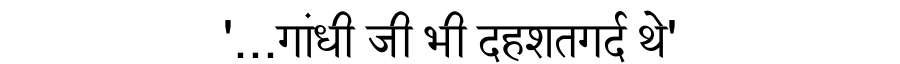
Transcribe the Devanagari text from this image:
'...गांधी जी भी दहशतगर्द थे'